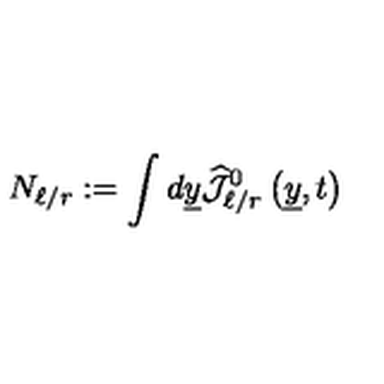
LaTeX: N _ { \ell / r } : = \int d \underline { { y } } \widehat { { \mathcal J } } _ { \ell / r } ^ { 0 } \left( \underline { { y } } , t \right)